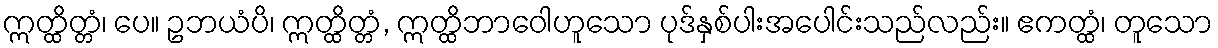
ဣတ္ထိတ္တံ၊ ပေ။ ဥဘယံပိ၊ ဣတ္ထိတ္တံ, ဣတ္ထိဘာဝေါဟူသော ပုဒ်နှစ်ပါးအပေါင်းသည်လည်း။ ဧကတ္ထံ၊ တူသော